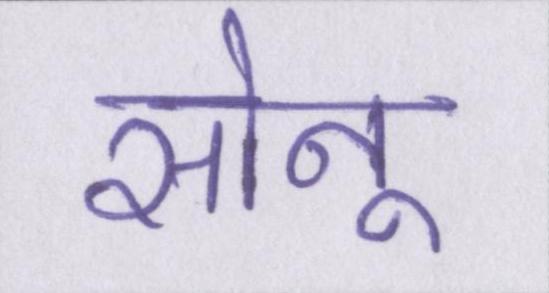
सोनू